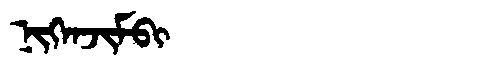
Manchu: ᠨᡳᡴᡝᠨᠵᡳᠮᠪᡳ
Romanization: NIKENJIMBI